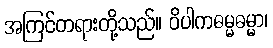
အကြင်တရားတို့သည်။ ဝိပါကဓမ္မဓမ္မာ၊